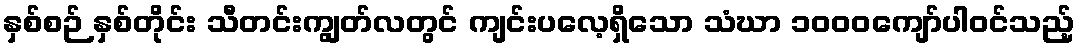
နှစ်စဉ် နှစ်တိုင်း သီတင်းကျွတ်လတွင် ကျင်းပလေ့ရှိသော သံဃာ ၁၀၀၀ကျော်ပါဝင်သည့်